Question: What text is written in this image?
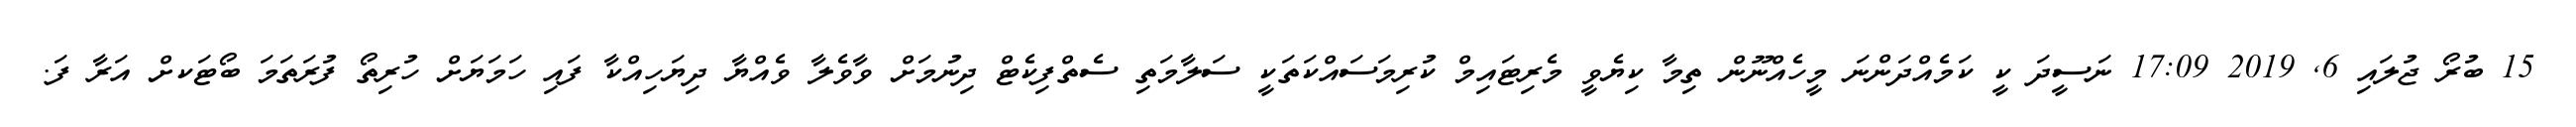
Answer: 15 ބުރޯ ޖުލައި 6, 2019 17:09 ނަސީދަ ކީ ކަމެއްދަންނަ މީހެއްނޫން ތިމާ ކިޔެވީ މެރިޓައިމް ކުރިމަސައްކަތަކީ ސަލާމަތި ސެތްފިކެޓް ދިނުމަށް ވާވެލާ ވެއްޔާ ދިޔަހިއްކާ ފައި ހަމަޔަށް ހުރިތޯ ފުރަތަމަ ބޯޓަކށް އަރާ ފަ.